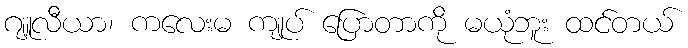
ဂျူလီယာ၊ ကလေးမ ကျုပ် ပြောတာကို မယုံဘူး ထင်တယ်